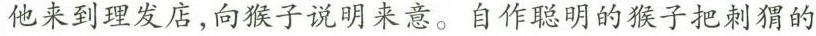
他来到理发店，向猴子说明来意。自作聪明的猴子把刺猬的